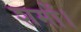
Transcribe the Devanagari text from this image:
शमों।